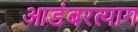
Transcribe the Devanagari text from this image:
आडंबरत्याग